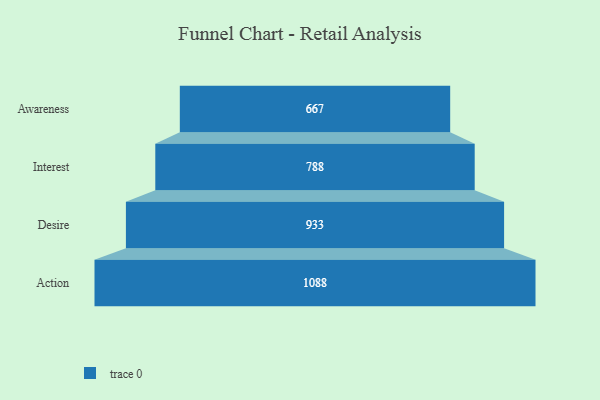
{"axis": {"x": "Stage", "y": "Value"}, "legend": [""], "data": [{"x": "Awareness", "y": 667.0, "type": ""}, {"x": "Interest", "y": 788.0, "type": ""}, {"x": "Desire", "y": 933.0, "type": ""}, {"x": "Action", "y": 1088.0, "type": ""}]}